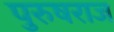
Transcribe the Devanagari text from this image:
पुरुषराज